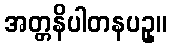
အတ္တနိပါတနပဥှ။